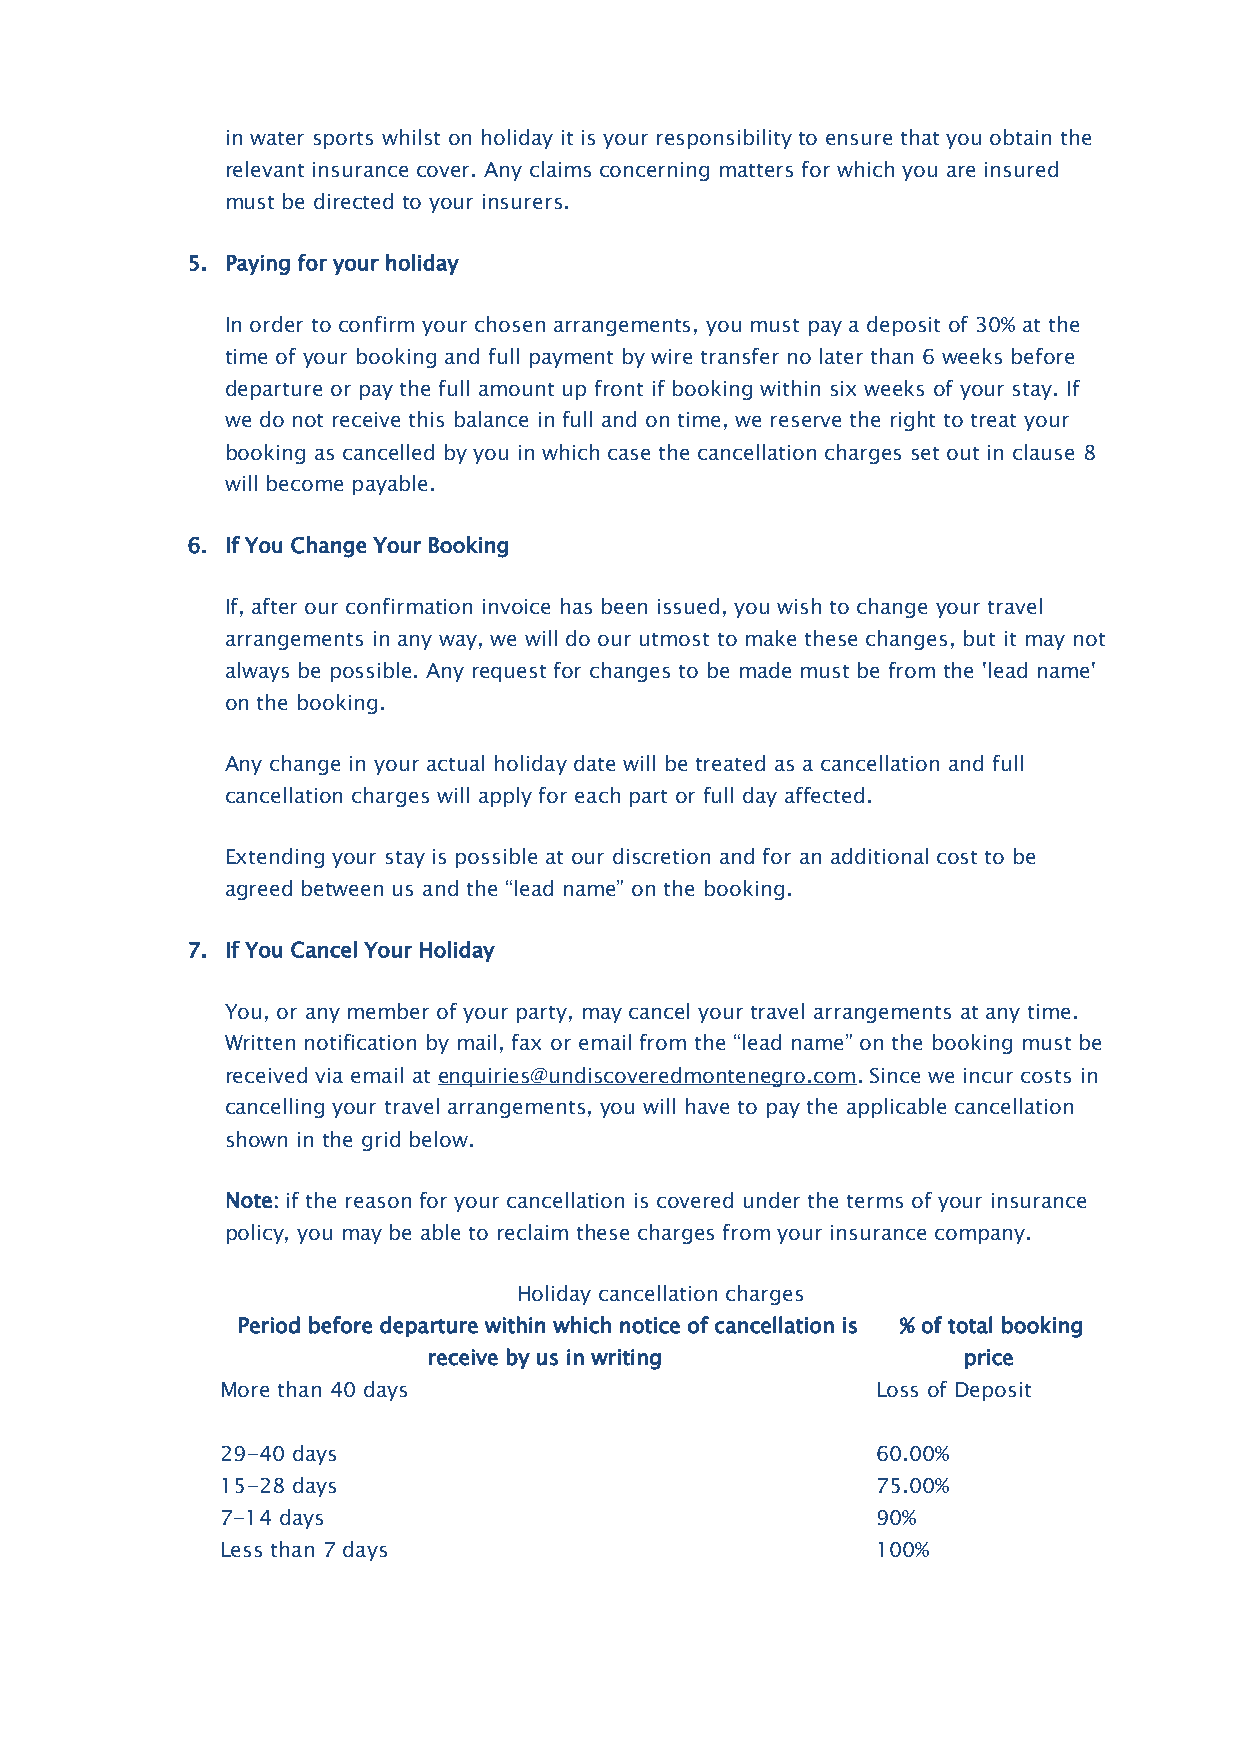
in water sports whilst on holiday it is your responsibility to ensure that you obtain the
 relevant insurance cover. Any claims concerning matters for which you are insured
 must be directed to your insurers.
 5. Paying for your holiday
 In order to confirm your chosen arrangements, you must pay a deposit of 30% at the
 time of your booking and full payment by wire transfer no later than 6 weeks before
 departure or pay the full amount up front if booking within six weeks of your stay. If
 we do not receive this balance in full and on time, we reserve the right to treat your
 booking as cancelled by you in which case the cancellation charges set out in clause 8
 will become payable.
 6. If You Change Your Booking
 If, after our confirmation invoice has been issued, you wish to change your travel
 arrangements in any way, we will do our utmost to make these changes, but it may not
 always be possible. Any request for changes to be made must be from the 'lead name'
 on the booking.
 Any change in your actual holiday date will be treated as a cancellation and full
 cancellation charges will apply for each part or full day affected.
 Extending your stay is possible at our discretion and for an additional cost to be
 agreed between us and the “lead name” on the booking.
 7. If You Cancel Your Holiday
 You, or any member of your party, may cancel your travel arrangements at any time.
 Written notification by mail, fax or email from the “lead name” on the booking must be
 received via email at enquiries@undiscoveredmontenegro.com. Since we incur costs in
 cancelling your travel arrangements, you will have to pay the applicable cancellation
 shown in the grid below.
 Note: if the reason for your cancellation is covered under the terms of your insurance
 policy, you may be able to reclaim these charges from your insurance company.
 Holiday cancellation charges
 Period before departure within which notice of cancellation is % of total booking
 receive by us in writing            price
 More than 40 days                          Loss of Deposit
 29-40 days                                 60.00%
 15-28 days                                 75.00%
 7-14 days                                  90%
 Less than 7 days                           100%